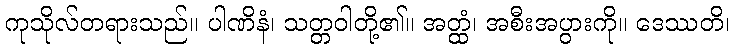
ကုသိုလ်တရားသည်။ ပါဏိနံ၊ သတ္တဝါတို့၏။ အတ္ထံ၊ အစီးအပွားကို။ ဒေဿတိ၊